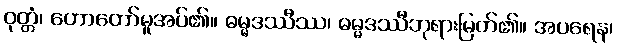
ဝုတ္တံ၊ ဟောတော်မူအပ်၏။ ဓမ္မဒဿီဿ၊ ဓမ္မဒဿီဘုရားမြတ်၏။ အပရေန၊